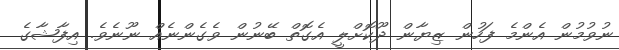
ނުވުމުން އެންމެ ފަހުން ޒިޔާން ދޫކޮށްލީ އެގޮތް ބޭނުން ވެގެންނެއް ނޫނެވެ. އިފާޝާގެ